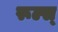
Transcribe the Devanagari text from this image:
रूल्स्